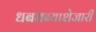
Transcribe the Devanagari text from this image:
धबधब्याशेजारी